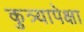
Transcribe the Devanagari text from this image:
कुत्र्यापेक्षा